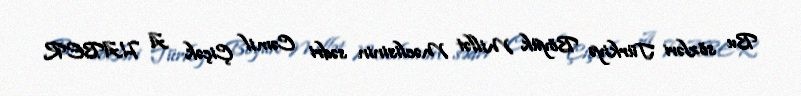
Bu sözləri Türkiyə Böyük Millət Məclisinin sədri Cəmil Çiçək A HABER